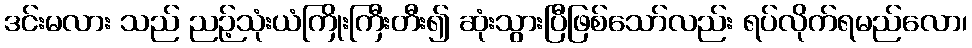
ဒင်းမလား သည် ညဉ့်သုံးယံကြိုးကြီးတီး၍ ဆုံးသွားပြီဖြစ်သော်လည်း ရပ်လိုက်ရမည်လော၊